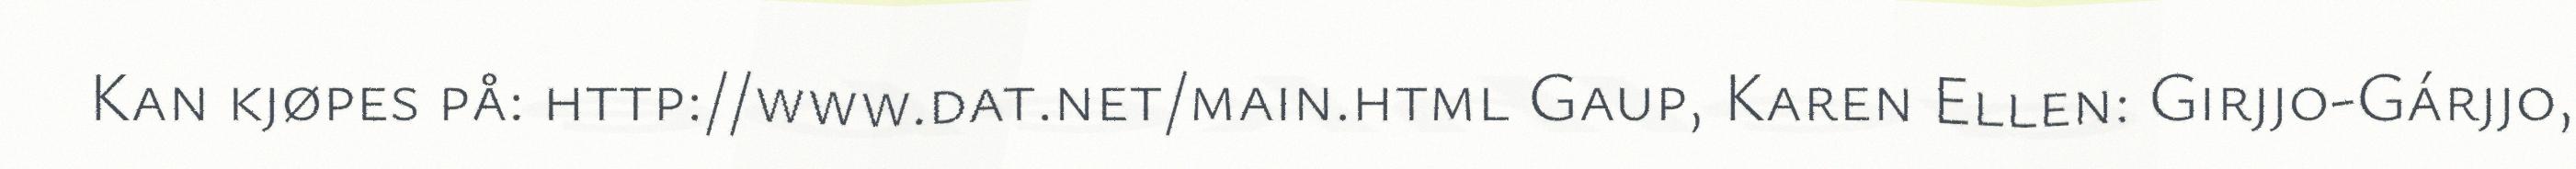
Kan kjøpes på: http://www.dat.net/main.html Gaup, Karen Ellen: Girjjo-Gárjjo,